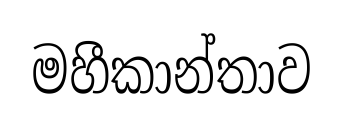
මහීකාන්තාව